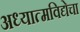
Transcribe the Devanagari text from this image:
अध्यात्मविद्येचा